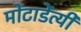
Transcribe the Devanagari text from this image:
मोंटाडेंत्यी